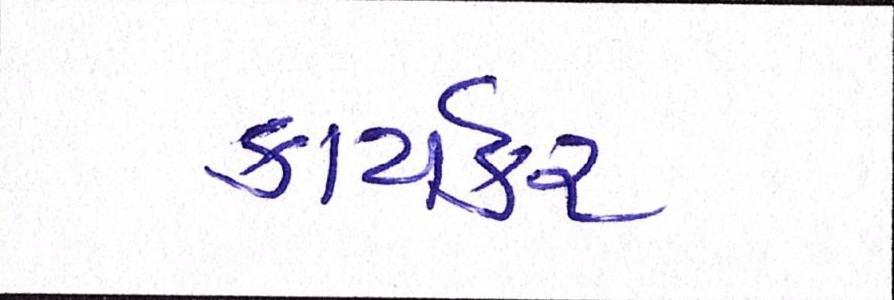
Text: કાર્યકર